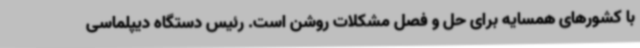
با کشورهای همسایه برای حل و فصل مشکلات روشن است. رئیس دستگاه دیپلماسی